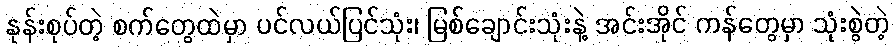
နုန်းစုပ်တဲ့ စက်တွေထဲမှာ ပင်လယ်ပြင်သုံး၊ မြစ်ချောင်းသုံးနဲ့ အင်းအိုင် ကန်တွေမှာ သုံးစွဲတဲ့